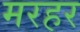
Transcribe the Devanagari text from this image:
मरहर